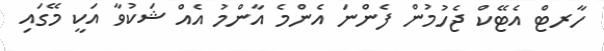
ހާރޓް އެޓޭކް ޖެހުމުން ފެންނަ އެންމެ އާންމު އެއް ޝަކުވާ އަކީ މޭގައި